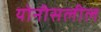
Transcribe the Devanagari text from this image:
योनीसलील